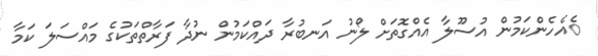
ެއެހެންކަމުން އުސޫލާ އެއްގޮތަށް ލޯނު އަނބުރާ ދައްކަމުން ނުދާ ފަރާތްތަކުގެ މައްސަލަ ކަމާ